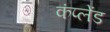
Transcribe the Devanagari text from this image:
कंप्लेंड